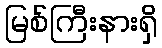
မြစ်ကြီးနားရှိ